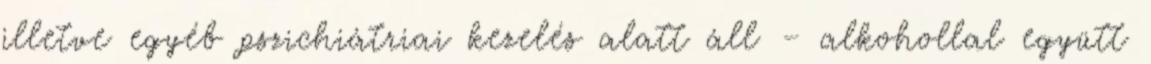
illetve egyéb pszichiátriai kezelés alatt áll – alkohollal együtt